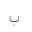
Letter: _ba